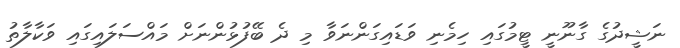
ނަޝީދުގެ ގާނޫނީ ޓީމުގައި ހިމެނި ވަޑައިގަންނަވާ މި ދެ ބޭފުޅުންނަށް މައްސަލައިގައި ވަކާލާތު